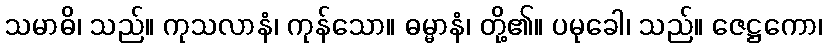
သမာဓိ၊ သည်။ ကုသလာနံ၊ ကုန်သော။ ဓမ္မာနံ၊ တို့၏။ ပမုခေါ၊ သည်။ ဇေဋ္ဌကော၊